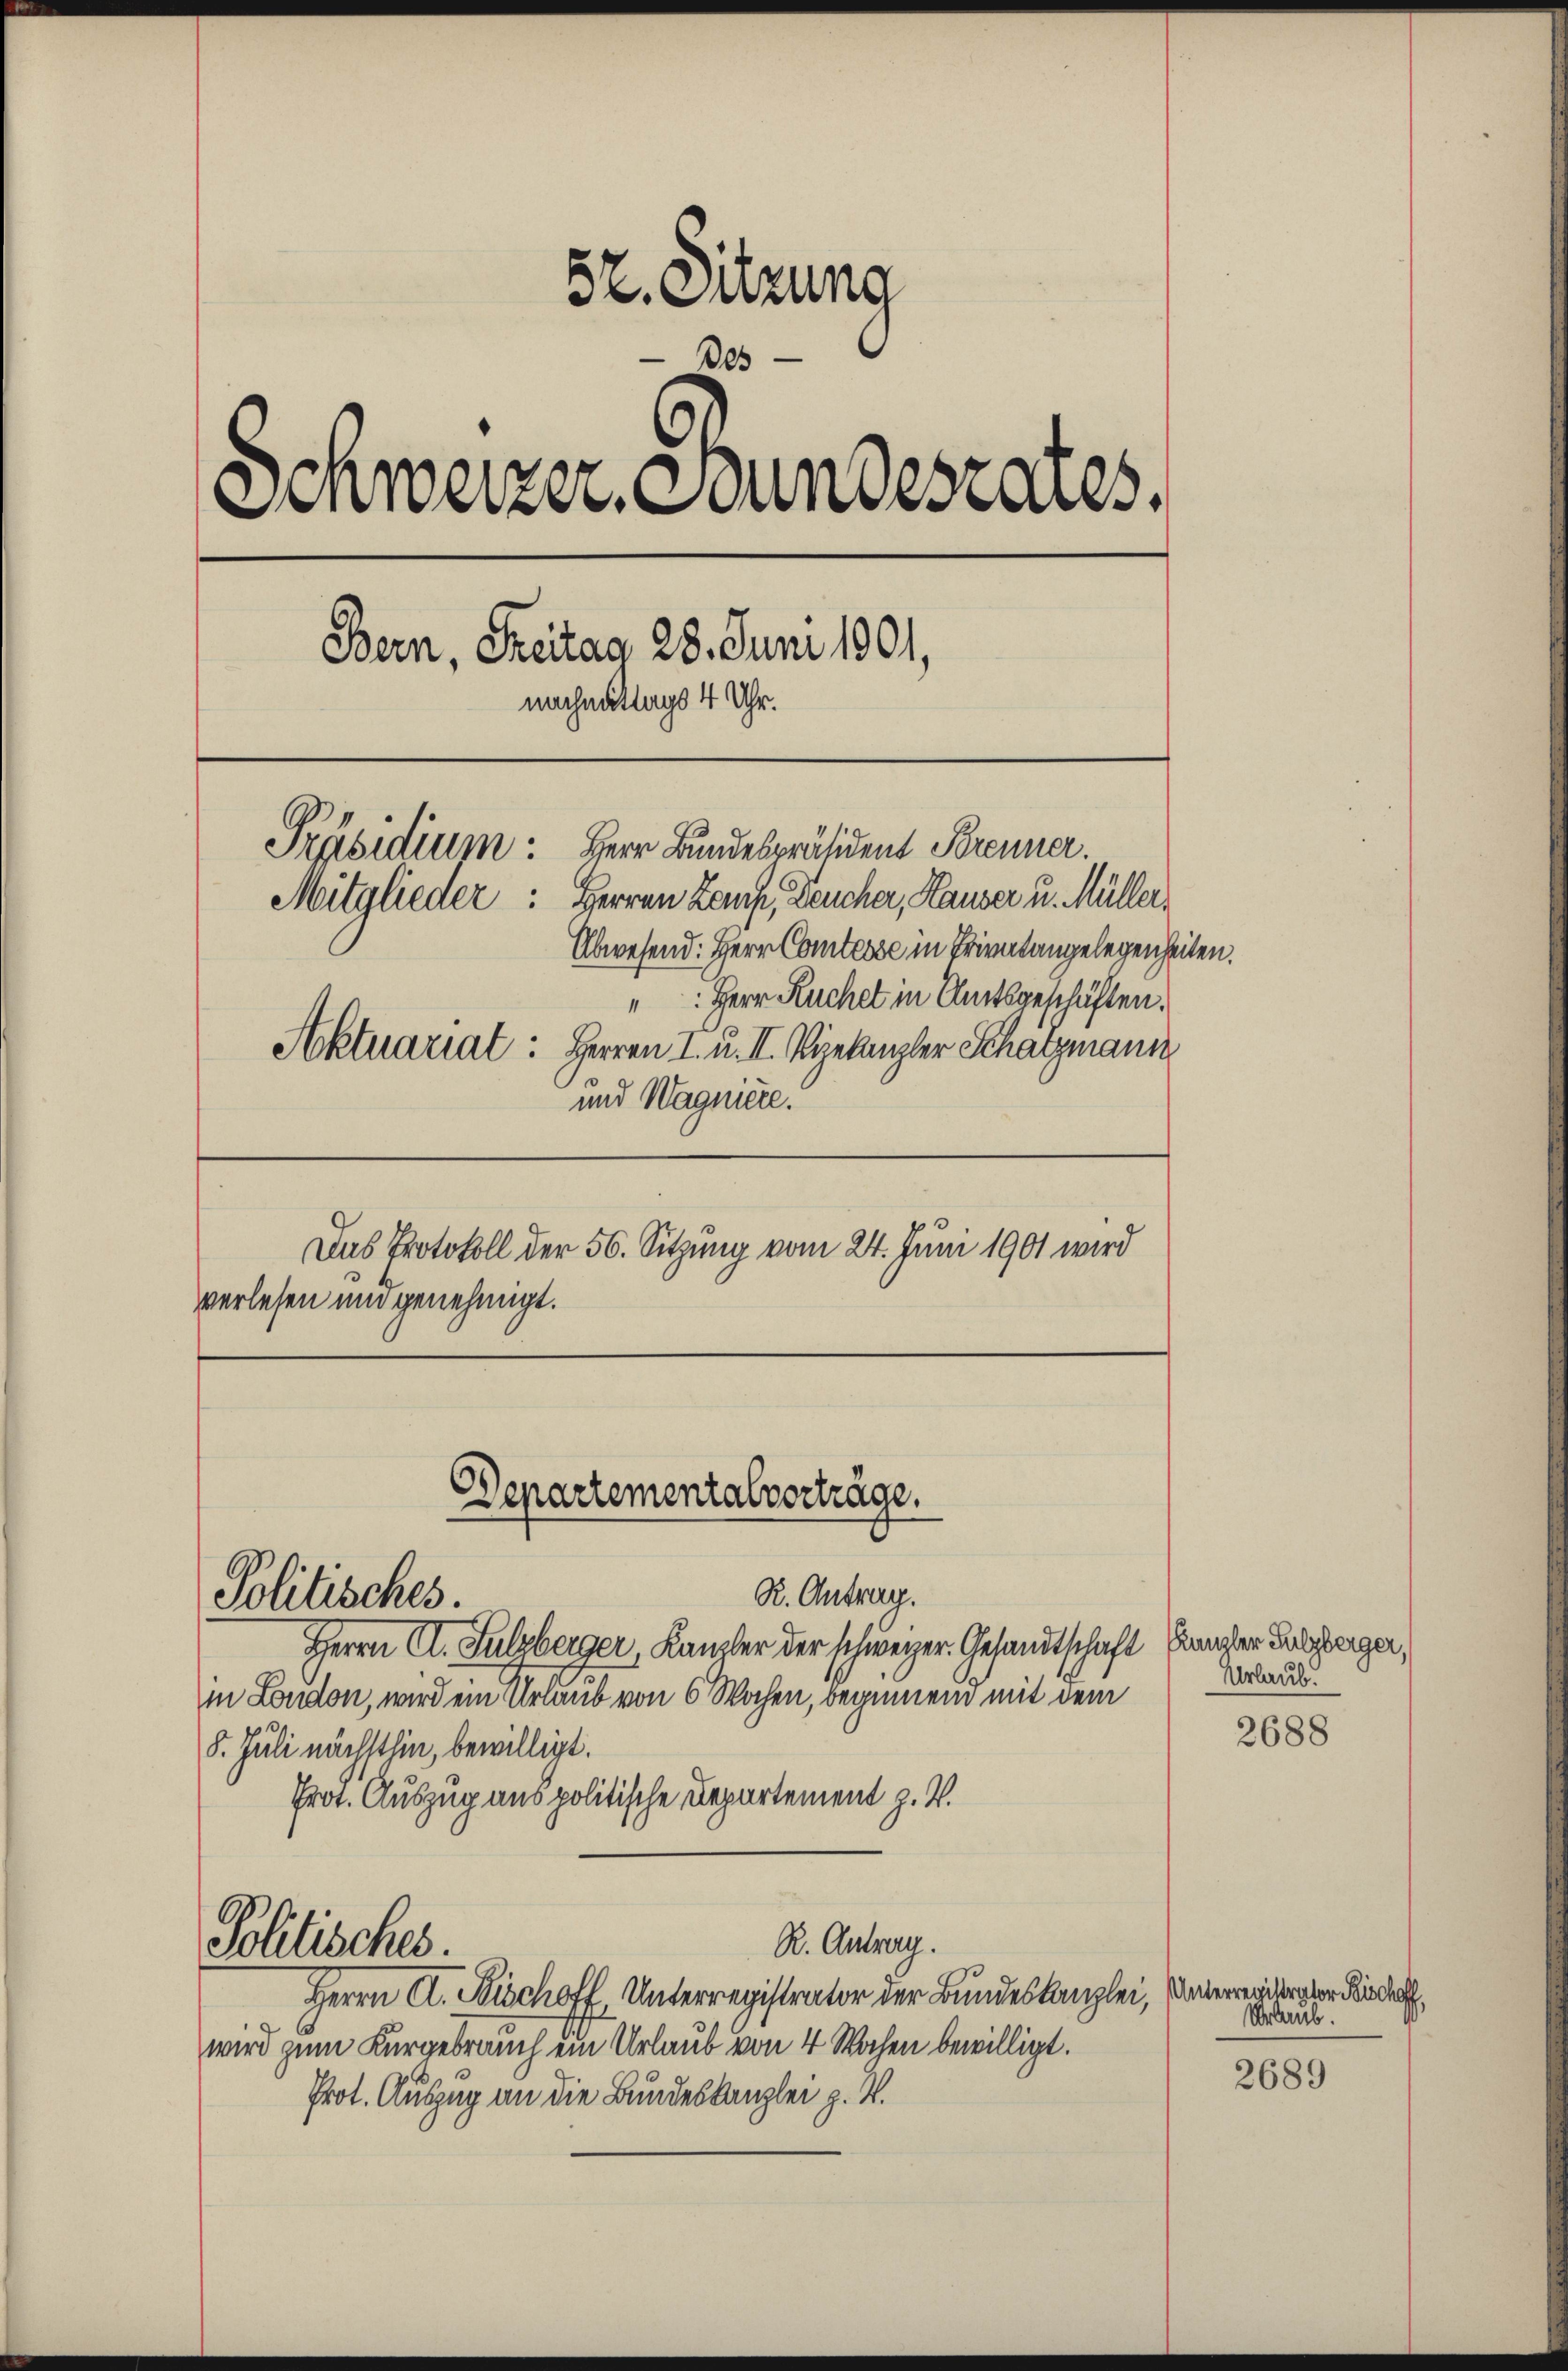
52. Sitzung
Des
Schweizer. Bundeszenes,
Bern, Freitag 28. Juni 1901,
nachmittags 4 Uhr.
Präsidium Herr Bundespräsident Brenner.
Mitglieder: Herren Lauf, Deucher, Hauser u. Müller
Abwesend: Herr Comtesse in Privatangelegenheiten.
: Herr Ruchel in Amtsgeschäften.
Aktuariat: Herren I. u. II. Vizekanzler Schatzmann
und Wagniere.

Das Protokoll der 50. Sitzung vom 24. Juni 1901 wird
verlesen und genehmigt.

Departementalverträge.
R. Antrag.
Politisches.

Herrn A. Sulzberger, Kanzler der schweizer Gesandtschaft Kanzler Zusagen,
in London, wird ein Urlaub von 6 Wochen, beginnen mit dem
8. Juli nächsthin, bewilligt.
Prot. Auszug aus politische Departement z. B.
R. Antrag.
Politisches.
Herrn A. Fischoff, Unterregistrator der Bundeskanzlei,
wird zum Kurgebrauch ein Urlaub von 4 Wochen bewilligt.
Prot. Auszug an die Bundeskanzlei z. B.

Urlaub.

2688

Unterregistrator Pischoff,
Urlaub.

2689